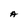
Character: A